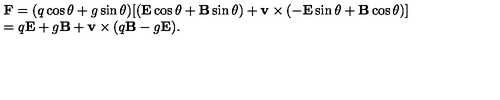
\begin{array} { l } { \mathbf { F } = ( q \cos \theta + g \sin \theta ) [ ( \mathbf { E } \cos \theta + \mathbf { B } \sin \theta ) + \mathbf { v } \times ( - \mathbf { E } \sin \theta + \mathbf { B } \cos \theta ) ] } \\ { = q \mathbf { E } + g \mathbf { B } + \mathbf { v } \times ( q \mathbf { B } - g \mathbf { E } ) . } \\ \end{array}